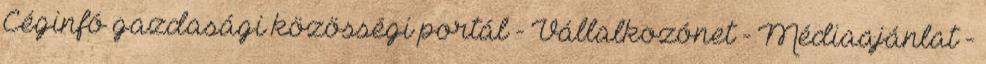
Céginfó gazdasági közösségi portál - Vállalkozónet - Médiaajánlat -